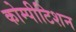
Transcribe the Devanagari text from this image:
कोम्पीटिशन